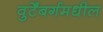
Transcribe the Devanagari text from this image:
वुर्टेंबर्गमधील